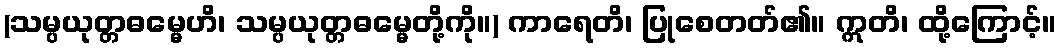
(သမ္ပယုတ္တဓမ္မေဟိ၊ သမ္ပယုတ္တဓမ္မေတို့ကို။) ကာရေတိ၊ ပြုစေတတ်၏။ ဣတိ၊ ထို့ကြောင့်။